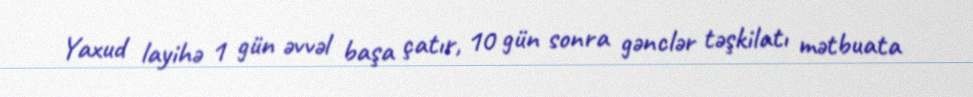
Yaxud layihə 1 gün əvvəl başa çatır, 10 gün sonra gənclər təşkilatı mətbuata